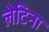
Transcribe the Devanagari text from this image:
लेटिना